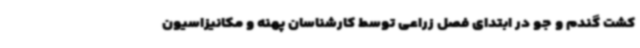
کشت گندم و جو در ابتدای فصل زراعی توسط کارشناسان پهنه و مکانیزاسیون